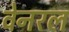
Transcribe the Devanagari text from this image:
वेनरल